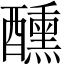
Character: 醺